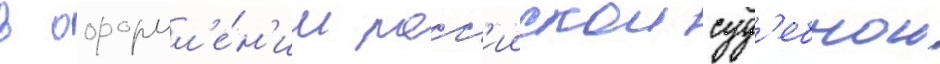
в оформл'е́н'ии росс'иискои суд'ебнои